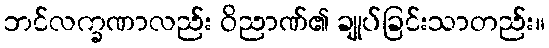
ဘင်လက္ခဏာလည်း ဝိညာဏ်၏ ချုပ်ခြင်းသာတည်း။